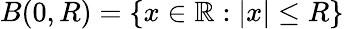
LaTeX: {B(0,R)}=\{ x\in\mathbb{R}:|x|\leq R\}